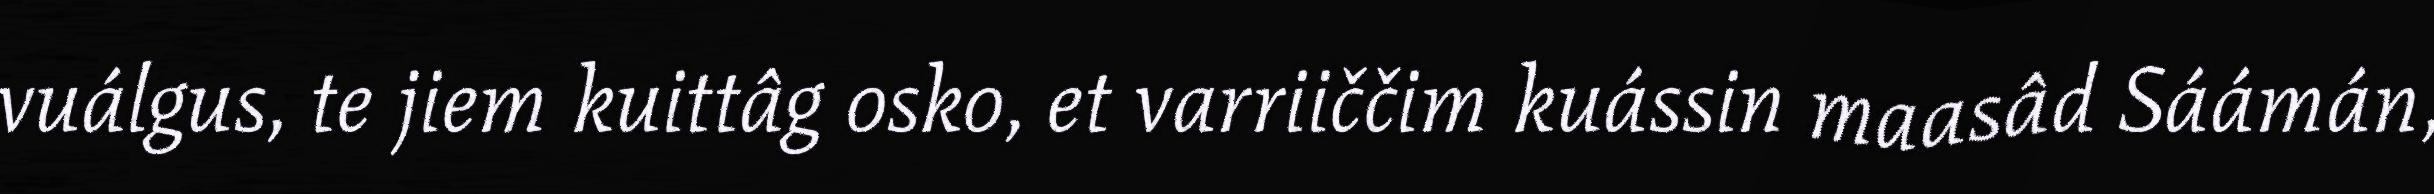
vuálgus, te jiem kuittâg osko, et varriiččim kuássin maasâd Sáámán,